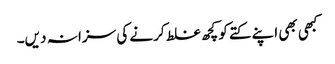
کبھی بھی اپنے کتے کو کچھ غلط کرنے کی سزا نہ دیں۔